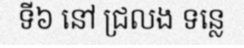
ទី៦ នៅ ជ្រលង ទន្លេ